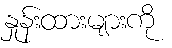
နှုန်းထားများကို